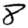
Digit: 8